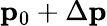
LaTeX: {\mathbf p}_{0}+\Delta{\mathbf p}